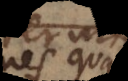
ea quae